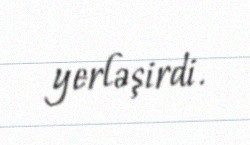
yerləşirdi.